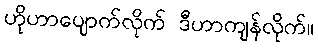
ဟိုဟာပျောက်လိုက် ဒီဟာကျန်လိုက်။